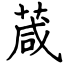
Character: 葴